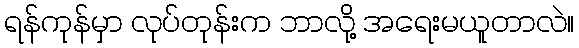
ရန်ကုန်မှာ လုပ်တုန်းက ဘာလို့ အရေးမယူတာလဲ။